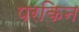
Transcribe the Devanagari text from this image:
परकिन